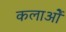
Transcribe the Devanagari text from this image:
कलाओें